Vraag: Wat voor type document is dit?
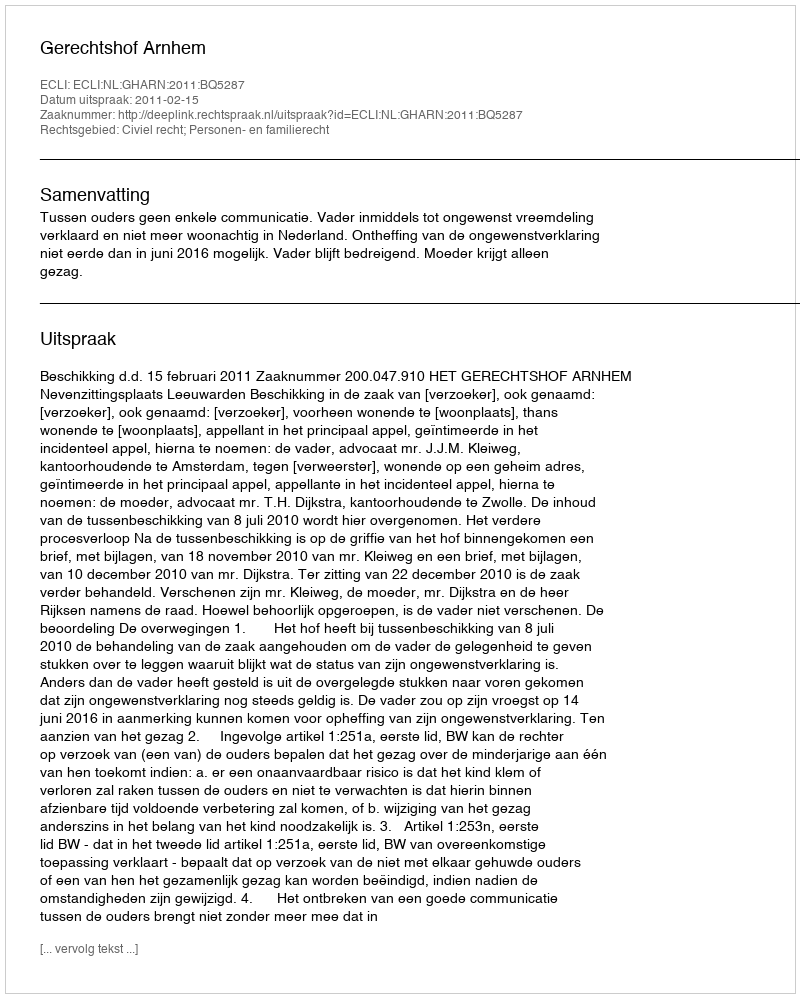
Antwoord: Uitspraak